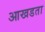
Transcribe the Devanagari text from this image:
आखडता